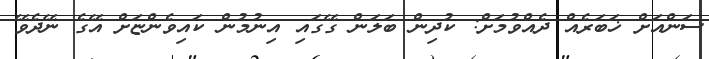
ސަންއަށް ޚަބަރެއް ދެއްވުމަށް: ކުދިން ބަލަން ގޭގައި އިނުމުން ކައިވެންޏަށް އޭގެ ނޭދެވޭ